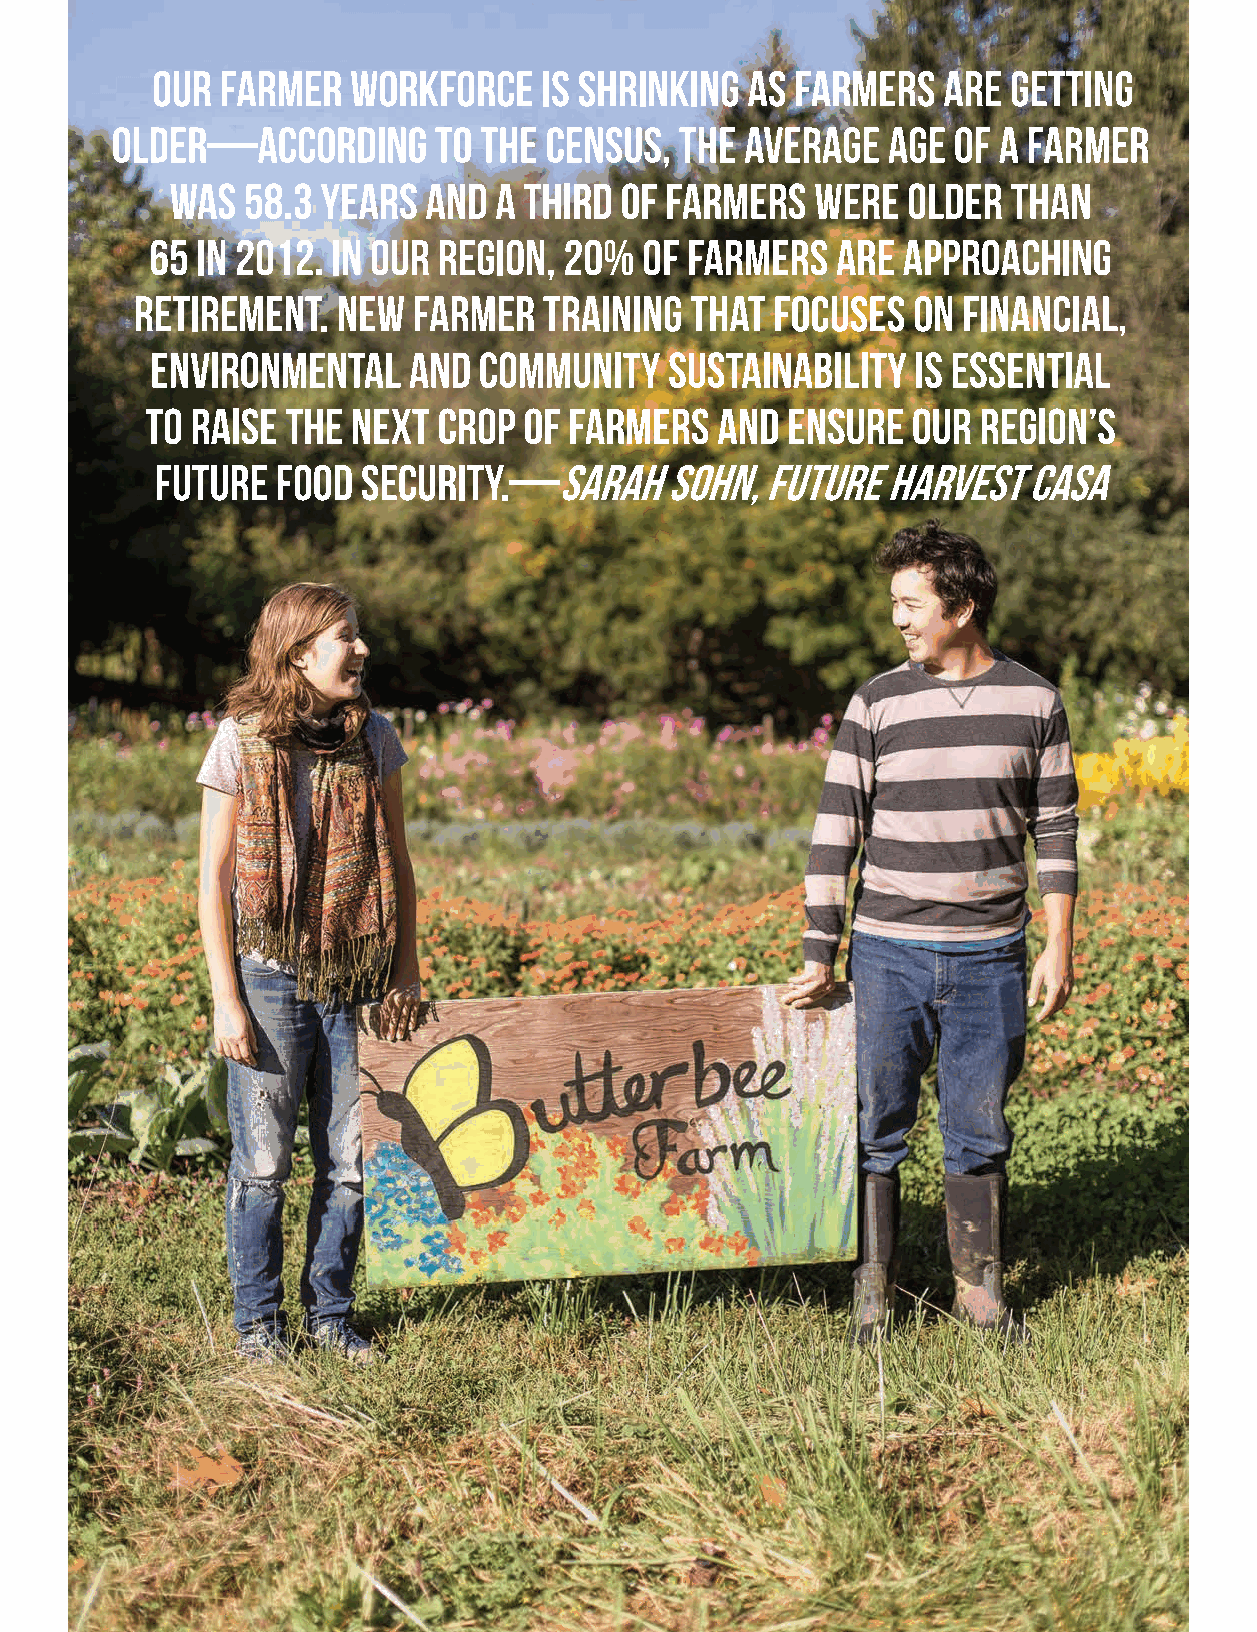
Our  farmer  workforce    is shrinking as  farmers  are  getting
 older—according       to the census,  the average   age of a farmer
 was  58.3 years  and  a third of farmers   were  older  than
 65 in 2012. In our region, 20%  of farmers   are  approaching
 retirement.  New  farmer   training  that focuses  on  financial,
 environmental    and  community   sustainability   is essential
 to raise the next  crop  of farmers  and  ensure  our  region’s
 future  food  security.—SARAH     SOHN,  FUTURE  HARVEST  CASA